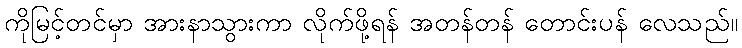
ကိုမြင့်တင်မှာ အားနာသွားကာ လိုက်ဖို့ရန် အတန်တန် တောင်းပန် လေသည်။